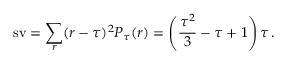
\operatorname { s v } = \sum _ { r } ( r - \tau ) ^ { 2 } P _ { \tau } ( r ) = \left( \frac { \tau ^ { 2 } } { 3 } - \tau + 1 \right) \tau \, .